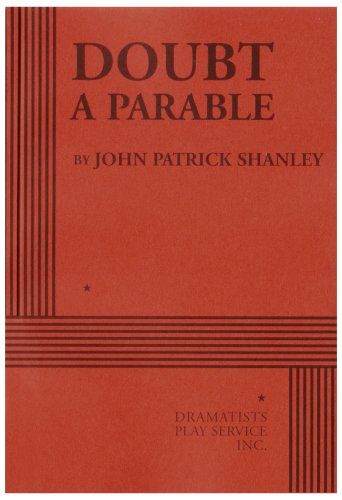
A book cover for Doubt, A Parable - Acting Edition; John Patrick Shanley; Humor & Entertainment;